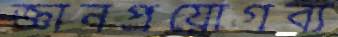
জ্ঞানপ্রয়োগব্য